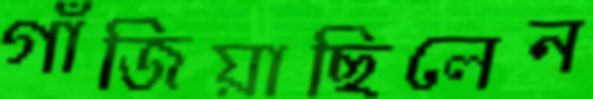
গাঁজিয়াছিলেন